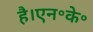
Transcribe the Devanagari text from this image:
है।एन॰के॰